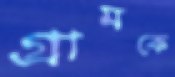
গ্রামকে